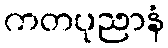
ကတပုညာနံ